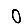
Digit: 0